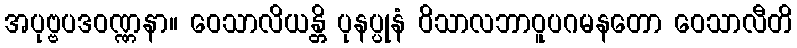
အပုဗ္ဗပဒဝဏ္ဏနာ။ ဝေသာလိယန္တိ ပုနပ္ပုနံ ဝိသာလဘာဝူပဂမနတော ဝေသာလီတိ